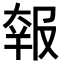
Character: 𡙈